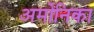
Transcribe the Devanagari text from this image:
अर्मोनिका